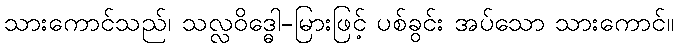
သားကောင်သည်၊ သလ္လဝိဒ္ဓေါ-မြားဖြင့် ပစ်ခွင်း အပ်သော သားကောင်။